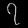
Digit: ၇